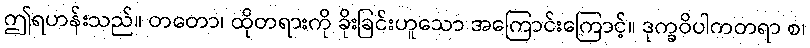
ဤရဟန်းသည်။ တတော၊ ထိုတရားကို ခိုးခြင်းဟူသော အကြောင်းကြောင့်။ ဒုက္ခဝိပါကတရာ စ၊